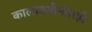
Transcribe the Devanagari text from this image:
कालावधीनंतरही